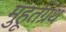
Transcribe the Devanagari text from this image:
मुहूर्तग्रंथ